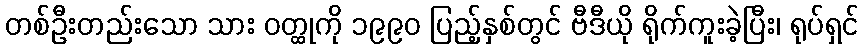
တစ်ဦးတည်းသော သား ဝတ္ထုကို ၁၉၉၀ ပြည့်နှစ်တွင် ဗီဒီယို ရိုက်ကူးခဲ့ပြီး၊ ရုပ်ရှင်